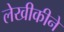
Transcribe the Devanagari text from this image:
लेखीकीने